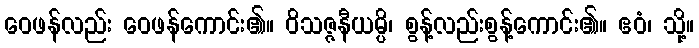
ဝေဖန်လည်း ဝေဖန်ကောင်း၏။ ဝိသဇ္ဇနီယမ္ပိ၊ စွန့်လည်းစွန့်ကောင်း၏။ ဧဝံ၊ သို့။